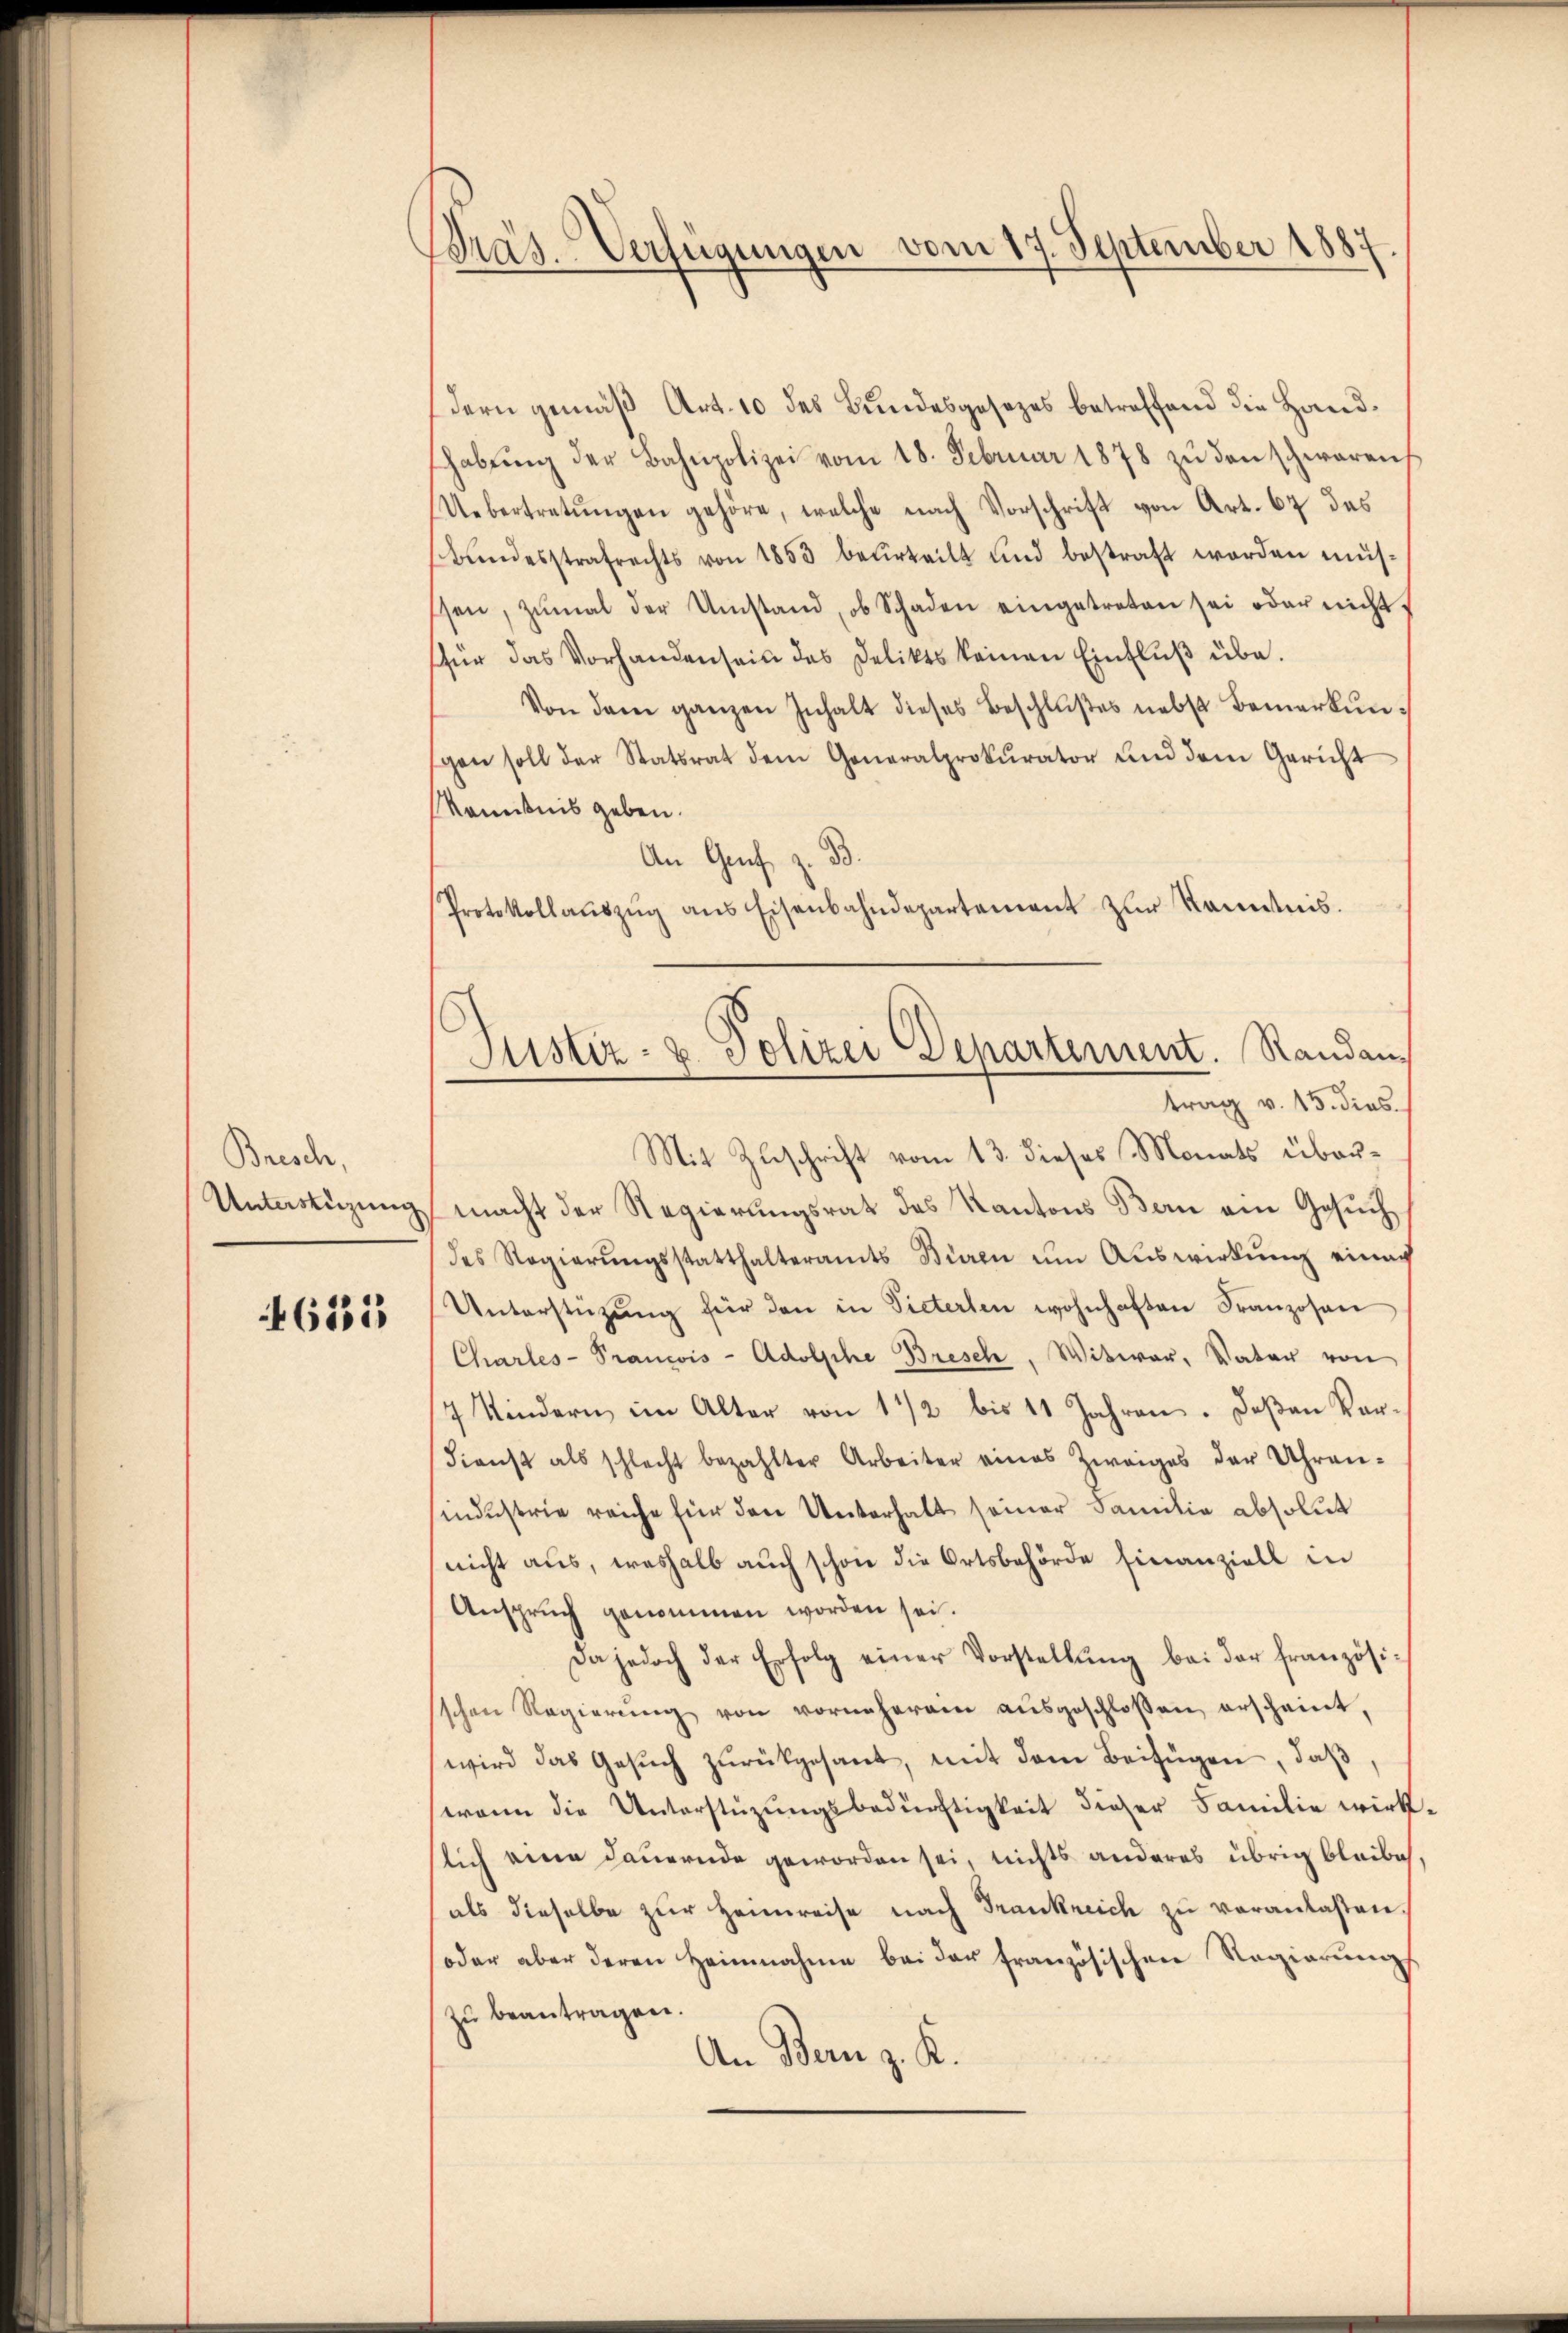
Bresch,
Unterstüzung

6555

Bräs. Verfügungen vom 17. September 1887

dern gemäß Art. 10 des Bundesgesezes betreffend die Handshabŭng der Bahnpolizei vom 18. Februar 1878 zŭ den schwaren
Uebertretŭngen gehöre, welche nach Vorschrift von Art. 67 des
Bŭndesstrafrechts von 1853 beurteilt und bestraft worden müsssen, zŭmal der Umstand, ob Schaden eingetreten sei oder nicht
sfür das Vorhanden sein des Delikts keinen Einfluß übe
Von dem ganzen Inhalt dieses Beschlŭβes nebst Bemerkungen soll der Statsrat dem Generalprokurator und dem Gericht
Komitnis geben.
An Graf z. B.
Protokollaŭszŭg ans Eisenbahndepartement zŭr Kenntnis.
macht der Regierungsrat des Kantons Bern ein Gesuch
des Regierŭngsstatthalteramts Büren ŭm Aŭswirkŭng eines
Unterstüzŭng für den in Pieterten wohnhaften Franzosen
Charles-Francois - Adolphe Bresch, Witwer, Vater von
7 Kindern im Alter von 11/2 bis 11 Jahren. Deßen Vor¬
Fienst als schlecht bezahlter Arbeiter eines Zweiges der Uhren-
sindustrie reiche für den Unterhalt seiner Familie absolut
nicht aus, weshalb auch schon die Ortsbehörde finanziell in
Anspruch genommen worden sei.
Da jedoch der Erfolg einer Vorstellŭng bei der französi-
sschen Regierŭng von vorneherein aŭsgeschlossen erscheint,
wird das Gesŭch zŭrückgesant, mit dem Beifügen, daß,
wann die Unterstüzungsbedürftigkeit dieser Familie wirk
slich eine Dauernde geworden sei, nichts anderes übrig bleibe
als dieselbe zur Heimreise nach Frankreich zu veranlaßen.
soder aber deren Heinnahme bei der französischen Regierŭngs
zu beantragen.
An Bern z. K.

Justiz- & Polizei Departement. Randantrag v. 15. dies
Mit Zuschrift vom 13. dieses Monats über¬